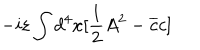
- i \varepsilon \int d ^ { 4 } x [ \frac { 1 } { 2 } A ^ { 2 } - \overline { { { c } } } c ]